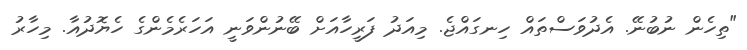
"ތިހެން ނުބުނޭ. އެދުވަސްތައް ހިނގައްޖެ. މިއަދު ފަރީހާއަށް ބޭނުންވަނީ އަހަރެމެންގެ ހެޔޮދުއާ. މިހާރު